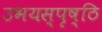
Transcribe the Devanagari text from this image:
उभयस्पृष्ठि